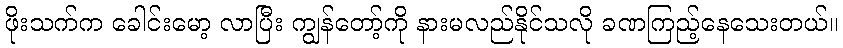
ဖိုးသက်က ခေါင်းမော့ လာပြီး ကျွန်တော့်ကို နားမလည်နိုင်သလို ခဏကြည့်နေသေးတယ်။